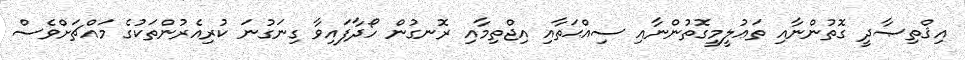
އިޤްތިޞާދީ ގޮތުންނާއި ތަޢުލީމީގޮތުންނާއި ސިއްޙަތާއި އިޖްތިމާއި ރޮނގުން ހޯދާފައިވާ ގިނަގުނަ ކުރިއެރުންތަކުގެ މައްޗަށްވެސް